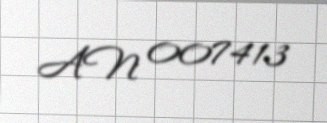
AN 007413